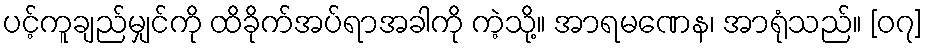
ပင့်ကူချည်မျှင်ကို ထိခိုက်အပ်ရာအခါကို ကဲ့သို့။ အာရမဏေန၊ အာရုံသည်။ [၀၇]